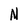
Character: N